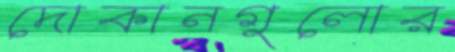
দোকানগুলোর